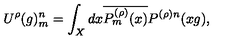
U ^ { \rho } ( g ) _ { m } ^ { n } = \int _ { X } d x \overline { { P _ { m } ^ { ( \rho ) } ( x ) } } P ^ { ( \rho ) n } ( x g ) ,